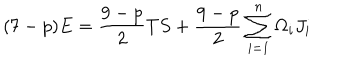
( 7 - p ) E = \frac { 9 - p } { 2 } T S + \frac { 9 - p } { 2 } \sum _ { i = 1 } ^ { n } \Omega _ { i } J _ { i }